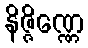
နိဇ္ဇိဏ္ဏေ